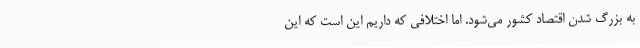
به بزرگ شدن اقتصاد کشور می‌شود. اما اختلافی که داریم این است که این